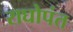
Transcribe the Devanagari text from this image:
राघोपंत